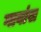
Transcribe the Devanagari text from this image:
गावांस